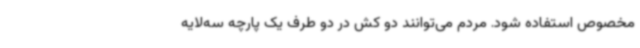
مخصوص استفاده شود. مردم می‌توانند دو کش در دو طرف یک پارچه سه‌لایه